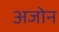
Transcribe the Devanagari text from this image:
अजोन